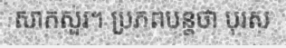
សាកសួរ។ ប្រភពបន្តថា បុរស